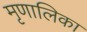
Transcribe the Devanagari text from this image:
मृणालिका